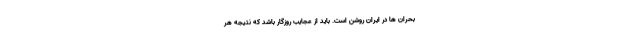
بحران ها در ايران روشن است. بايد از عجايب روزگار باشد كه نتيجه هر